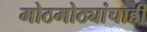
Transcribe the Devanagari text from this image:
मोठमोठ्यांचाही